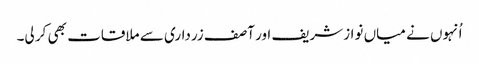
اُنہوں نے میاں نوازشریف اور آصف زرداری سے ملاقات بھی کر لی۔